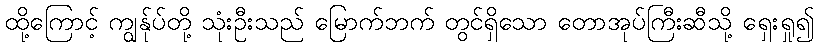
ထို့ကြောင့် ကျွန်ုပ်တို့ သုံးဦးသည် မြောက်ဘက် တွင်ရှိသော တောအုပ်ကြီးဆီသို့ ရှေးရှု၍